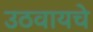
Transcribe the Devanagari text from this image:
उठवायचे